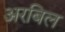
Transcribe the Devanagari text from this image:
अरबिल